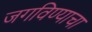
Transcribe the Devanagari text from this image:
जगविण्याचा